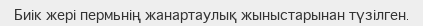
Биік жері пермьнің жанартаулық жыныстарынан түзілген.